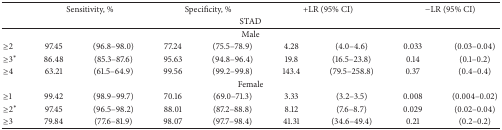
<table><thead><tr><td><b> </b></td><td colspan="2"><b>Sensitivity, %</b></td><td colspan="2"><b>Specificity, %</b></td><td colspan="2"><b>+LR (95% CI)</b></td><td colspan="2"><b>−LR (95% CI)</b></td></tr><tr><td colspan="9"><b>STAD</b></td></tr></thead><tbody><tr><td colspan="9">Male</td></tr><tr><td>≥2</td><td>97.45</td><td>(96.8–98.0)</td><td>77.24</td><td>(75.5–78.9)</td><td>4.28</td><td>(4.0–4.6)</td><td>0.033</td><td>(0.03–0.04)</td></tr><tr><td>≥3<sub> </sub><sup><i>∗</i></sup> </td><td>86.48</td><td>(85.3–87.6)</td><td>95.63</td><td>(94.8–96.4)</td><td>19.8</td><td>(16.5–23.8)</td><td>0.14</td><td>(0.1–0.2)</td></tr><tr><td>≥4</td><td>63.21</td><td>(61.5–64.9)</td><td>99.56</td><td>(99.2–99.8)</td><td>143.4</td><td>(79.5–258.8)</td><td>0.37</td><td>(0.4–0.4)</td></tr><tr><td colspan="9">Female</td></tr><tr><td>≥1</td><td>99.42</td><td>(98.9–99.7)</td><td>70.16</td><td>(69.0–71.3)</td><td>3.33</td><td>(3.2–3.5)</td><td>0.008</td><td>(0.004–0.02)</td></tr><tr><td>≥2<sub> </sub><sup><i>∗</i></sup> </td><td>97.45</td><td>(96.5–98.2)</td><td>88.01</td><td>(87.2–88.8)</td><td>8.12</td><td>(7.6–8.7)</td><td>0.029</td><td>(0.02–0.04)</td></tr><tr><td>≥3</td><td>79.84</td><td>(77.6–81.9)</td><td>98.07</td><td>(97.7–98.4)</td><td>41.31</td><td>(34.6–49.4)</td><td>0.21</td><td>(0.2–0.2)</td></tr></tbody></table>